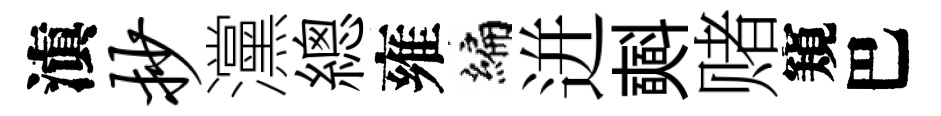
滇抄灙總雍编迸𣂏赌窺巴